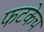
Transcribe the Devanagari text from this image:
फटकेच